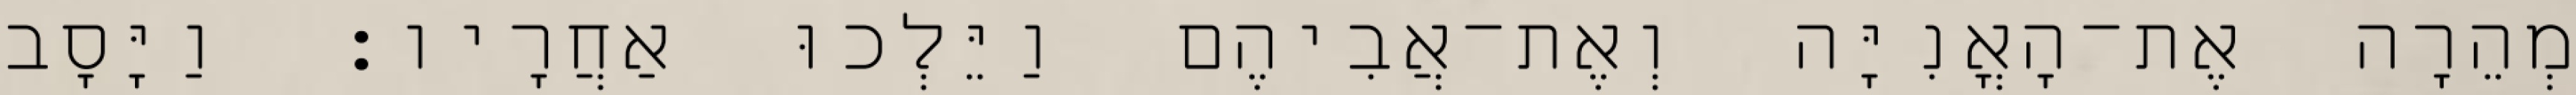
מְהֵרָה אֶת־הָאֳנִיָּה וְאֶת־אֲבִיהֶם וַיֵּלְכוּ אַחֲרָיו׃ וַיָּסָב